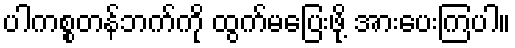
ပါကစ္စတန်ဘက်ကို ထွက်မပြေးဖို့ အားပေးကြပါ။